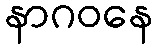
နာဂဝနေ